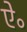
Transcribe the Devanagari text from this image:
ऐ॰